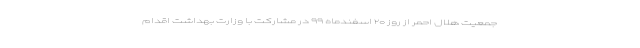
جمعیت هلال احمر از روز ۲۰ اسفندماه ۹۹ در مشارکت با وزارت بهداشت اقدام